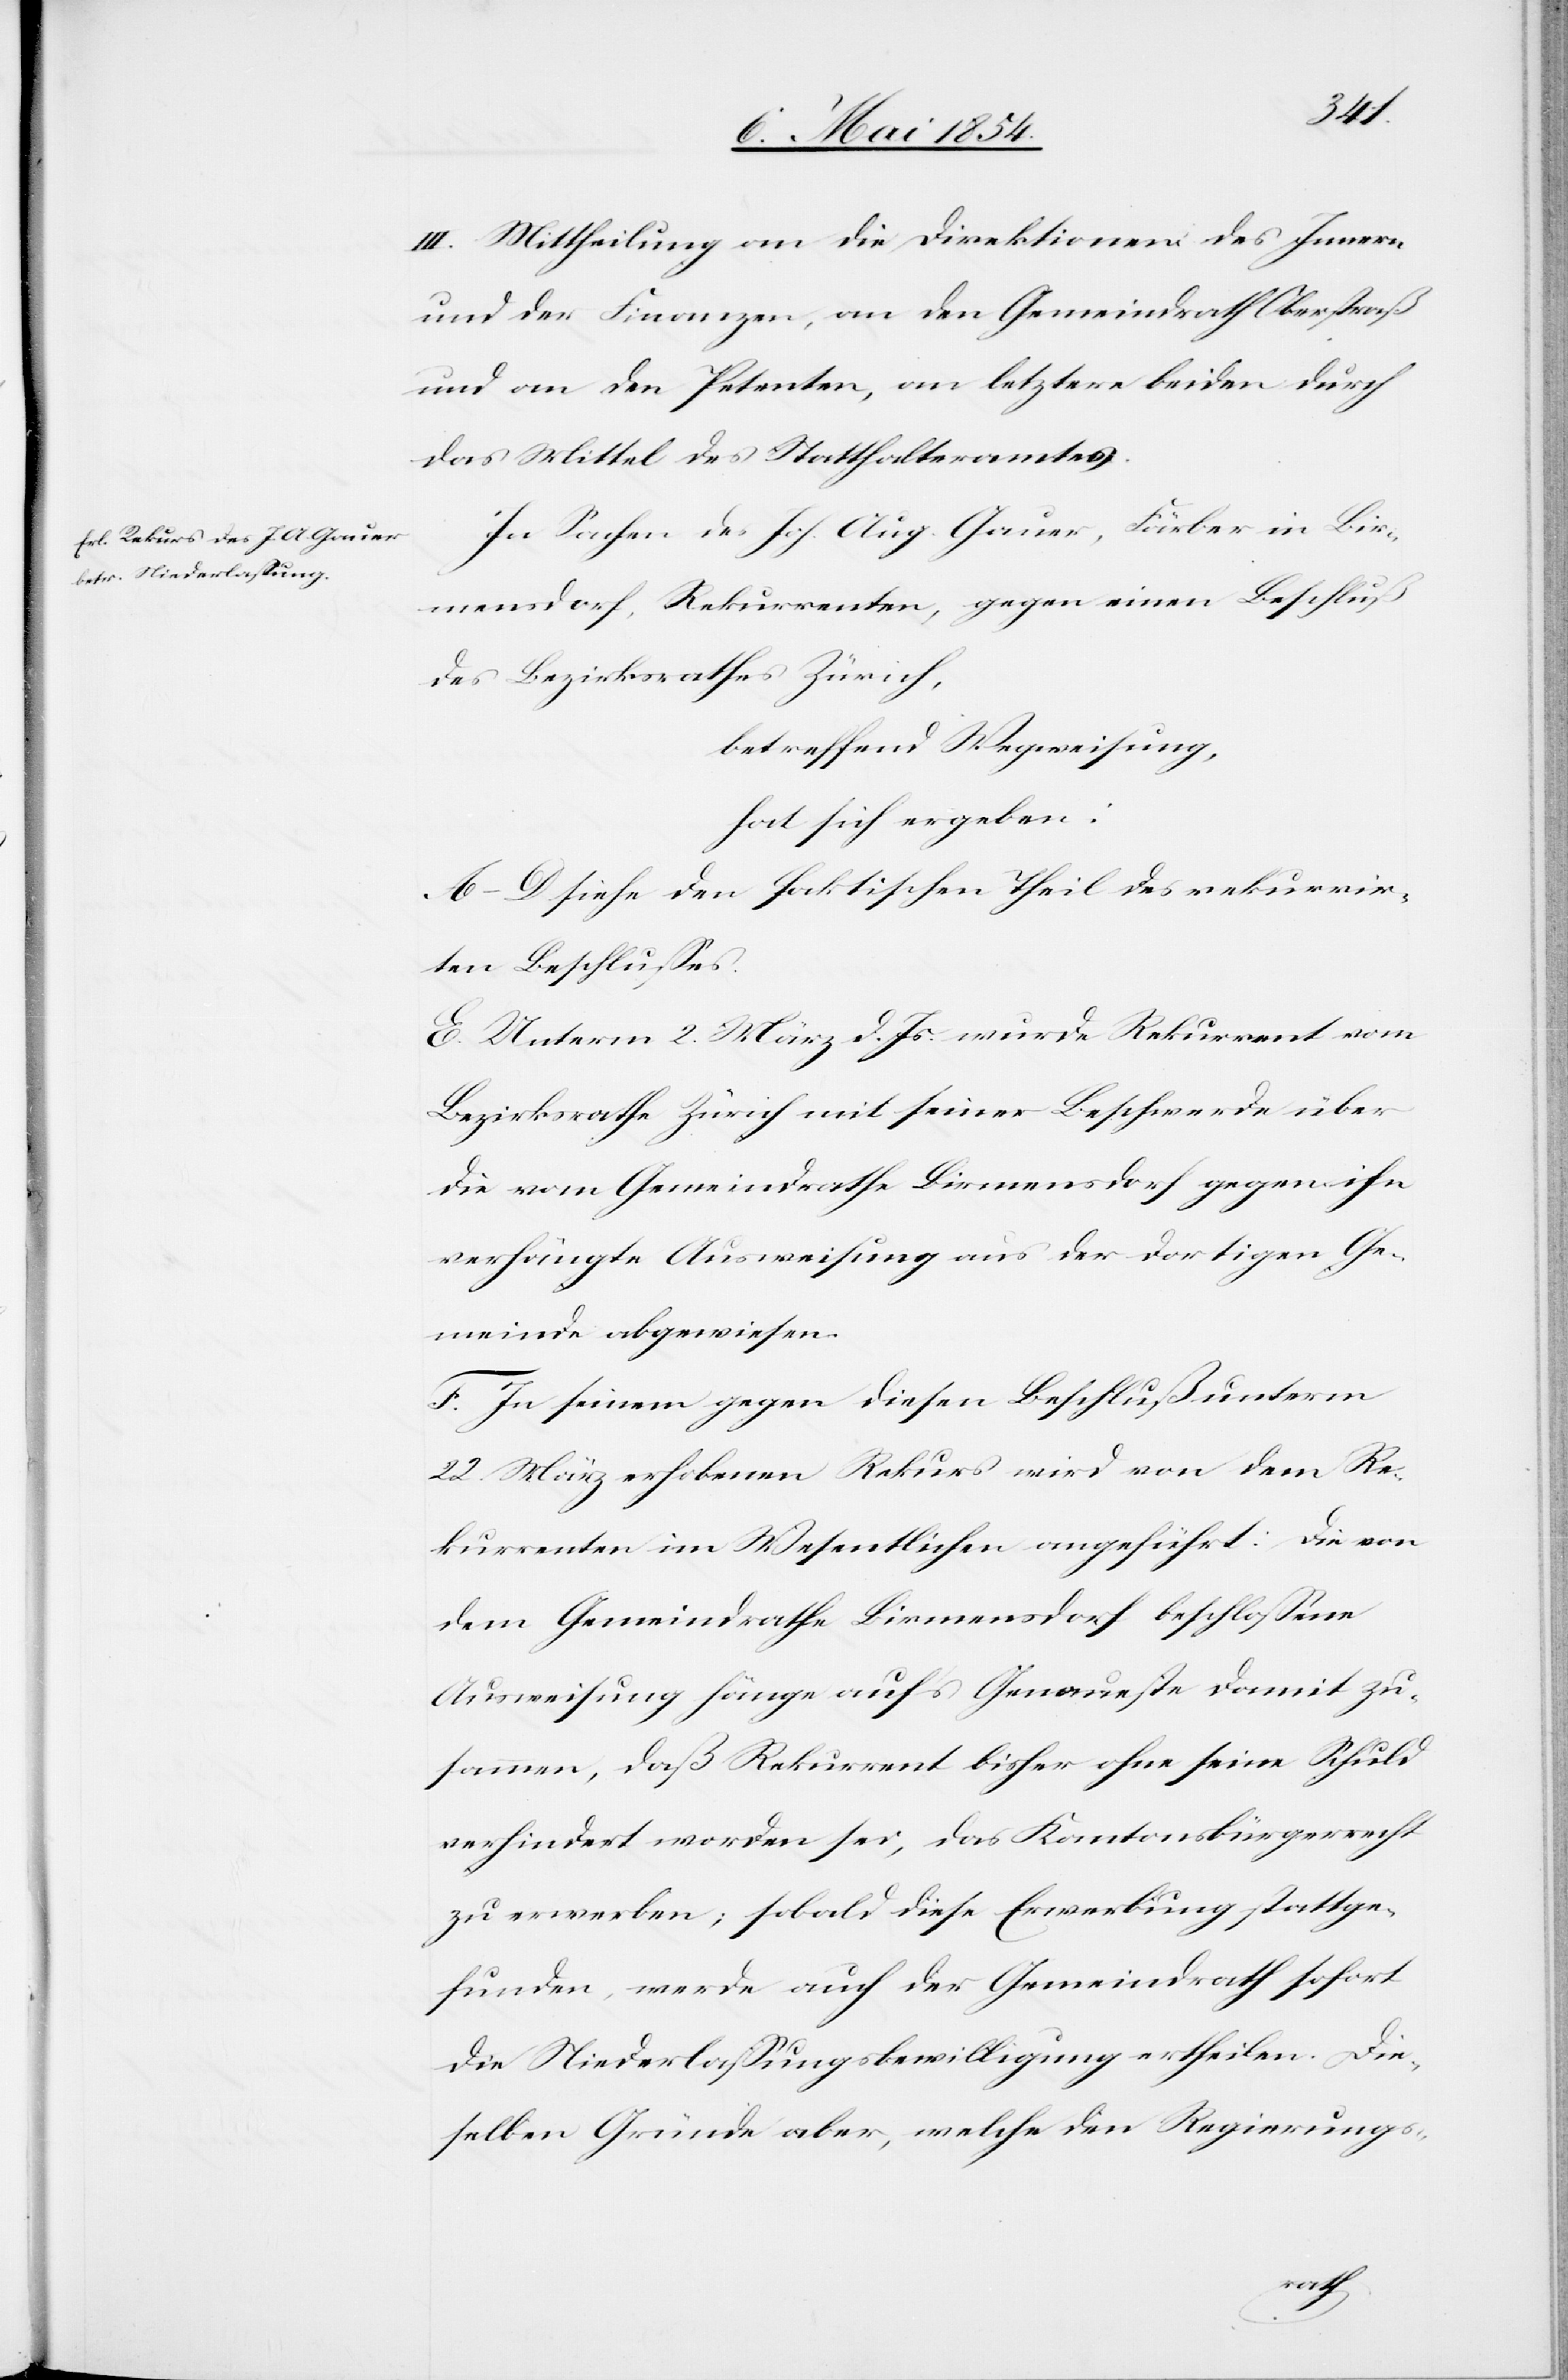
III. Mittheilung an die Direktionen des Innern
und der Finanzen, an den Gemeindrath Oberstraß
und an den Petenten, an letztere beiden durch
das Mittel des Statthalteramtes.
In Sachen des Joh. Aug. Gauer, Färber in Bir¬
mensdorf, Rekurrenten, gegen einen Beschluß
des Bezirksrathes Zürich,
betreffend Wegweisung,
hat sich ergeben:
A.–D. siehe den faktischen Theil des rekurrir¬
ten Beschlußes.
E. Unterm 2. März d. Js. wurde Rekurrent vom
Bezirksrathe Zürich mit seiner Beschwerde über
die vom Gemeindrathe Birmensdorf gegen ihn
verhängte Ausweisung aus der dortigen Ge¬
meinde abgewiesen.
F. In seinem gegen diesen Beschluß unterm
22. März erhobenen Rekurs wird von dem Re¬
kurrenten im Wesentlichen angeführt: Die von
dem Gemeindrathe Birmensdorf beschloßene
Ausweisung hänge auf’s Genaueste damit zu¬
sammen, daß Rekurrent bisher ohne seine Schuld
verhindert worden sei, das Kantonsbürgerrecht
zu erwerben; sobald diese Erwerbung stattge¬
funden, werde auch der Gemeindrath sofort
die Niederlaßungsbewilligung ertheilen. Die¬
selben Gründe aber, welche den Regierungs-